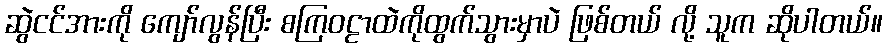
ဆွဲငင်အားကို ကျော်လွန်ပြီး စကြဝဠာထဲကိုထွက်သွားမှာပဲ ဖြစ်တယ် လို့ သူက ဆိုပါတယ်။